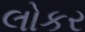
લોકર